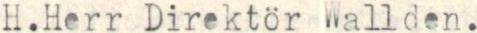
H.Herr Direktör Wallden.